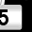
Digit: 5